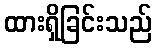
ထားရှိခြင်းသည်